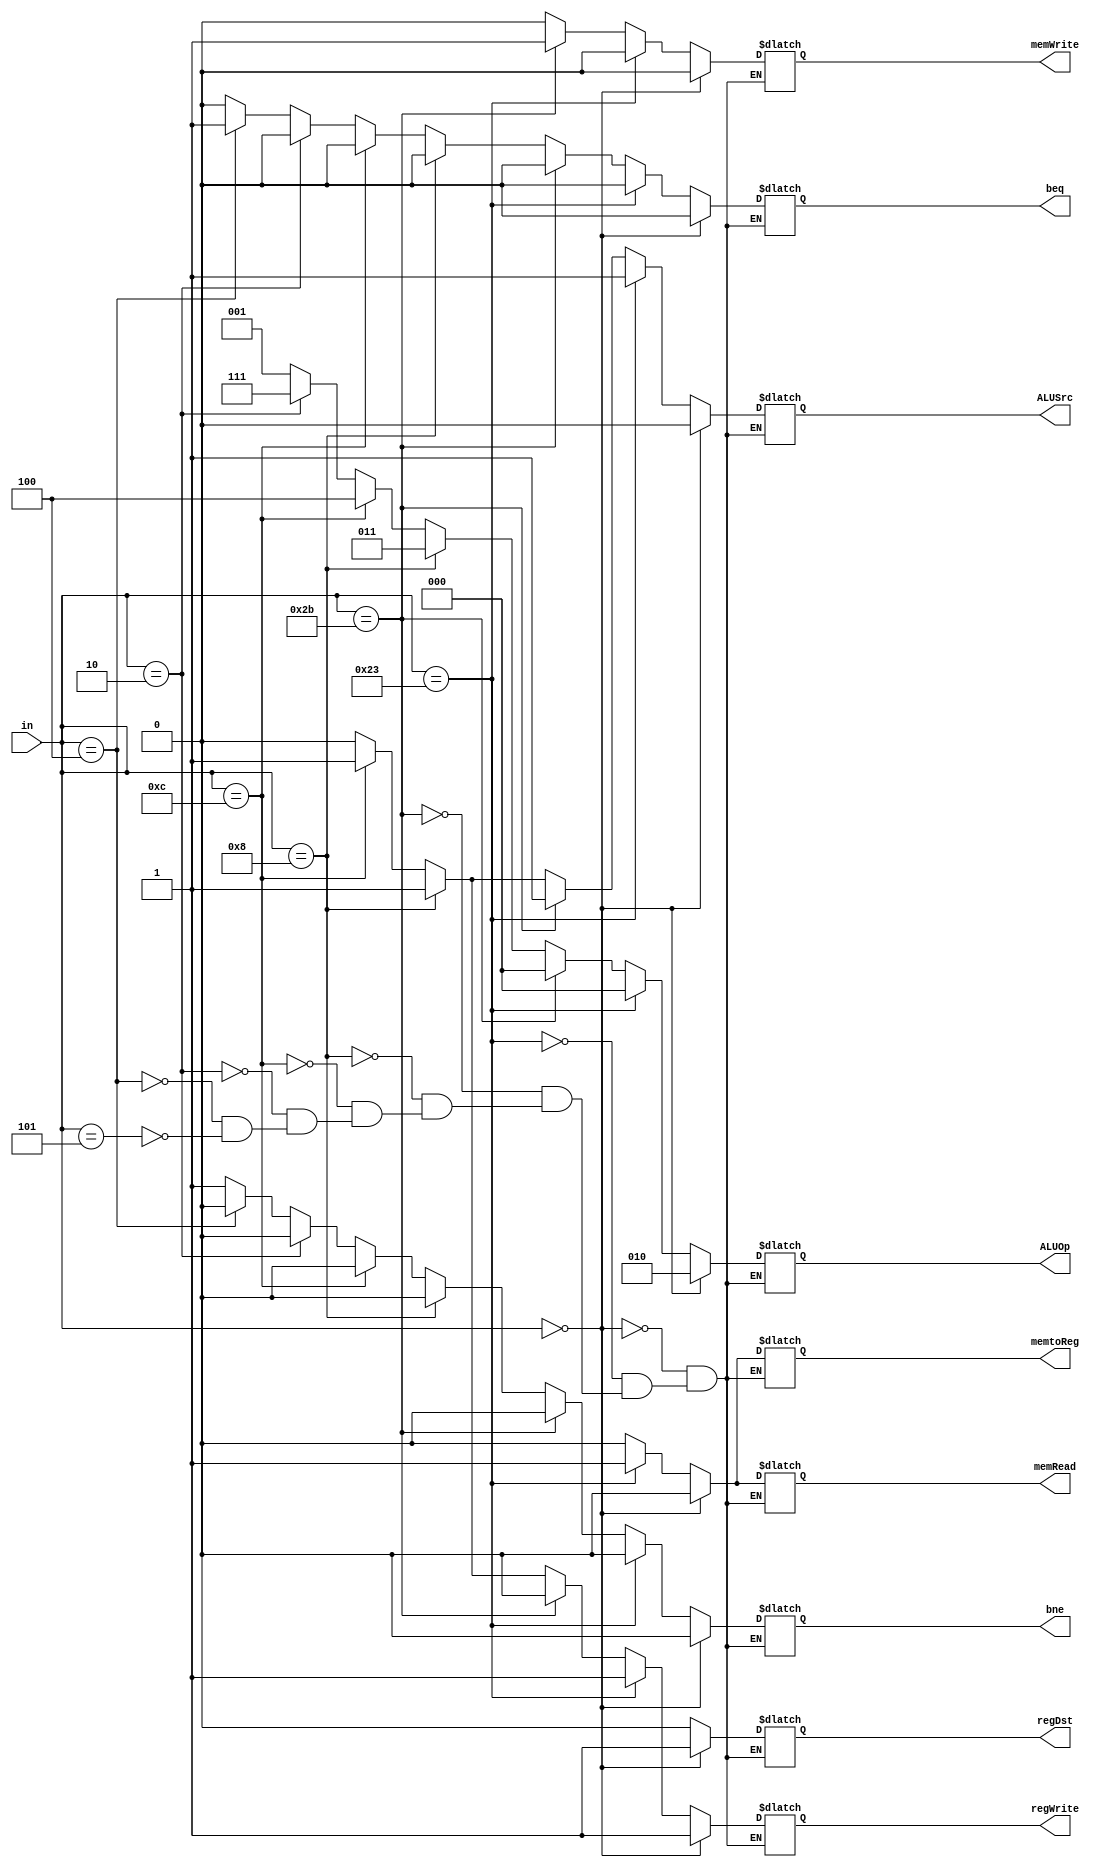
`timescale 1ns / 1ps
module Control(in, regDst, memRead, memtoReg, ALUOp, memWrite, ALUSrc, regWrite, beq, bne);
	input [5:0] in;
	output reg regDst, memRead, memtoReg, memWrite, ALUSrc, regWrite, beq, bne;
	output reg [2:0] ALUOp;
	
	always@(in)
	begin
		if (in==6'b000000) //R-type
		begin
			regDst<=1;
			memRead<=0;
			memtoReg<=0;
			memWrite<=0;
			ALUSrc<=0;
			regWrite<=1;
			beq<=0;
			bne<=0;
			ALUOp<=3'b010; 
		end
		else if (in==6'b100011) //lw
		begin
			regDst<=0;
			memRead<=1;
			memtoReg<=1;
			memWrite<=0;
			ALUSrc<=1;
			regWrite<=1;
			beq<=0;
			bne<=0;
			ALUOp<=3'b000; 
		end
		else if (in==6'b101011) //sw
		begin
			regDst<=0;
			memRead<=0;
			memtoReg<=0;
			memWrite<=1;
			ALUSrc<=1;
			regWrite<=0;
			beq<=0;
			bne<=0;
			ALUOp<=3'b000; 
		end
		else if (in==6'b001000) //addi
		begin
			regDst<=0;
			memRead<=0;
			memtoReg<=0;
			memWrite<=0;
			ALUSrc<=1;
			regWrite<=1;
			beq<=0;
			bne<=0;
			ALUOp<=3'b011; 
		end
		else if (in==6'b001100) //andi
		begin
			regDst<=0;
			memRead<=0;
			memtoReg<=0;
			memWrite<=0;
			ALUSrc<=1;
			regWrite<=1;
			beq<=0;
			bne<=0;
			ALUOp<=3'b100; 
		end
		else if (in==6'b000010) //j
		begin
			regDst<=0;
			memRead<=0;
			memtoReg<=0;
			memWrite<=0;
			ALUSrc<=0;
			regWrite<=0;
			beq<=0;
			bne<=0;
			ALUOp<=3'b111;
		end
		else if (in==6'b000100) //beq
		begin
			regDst<=0;
			memRead<=0;
			memtoReg<=0;
			memWrite<=0;
			ALUSrc<=0;
			regWrite<=0;
			beq<=1;
			bne<=0;
			ALUOp<=3'b001;
		end
		else if (in==6'b000101) //bne
		begin
			regDst<=0;
			memRead<=0;
			memtoReg<=0;
			memWrite<=0;
			ALUSrc<=0;
			regWrite<=0;
			beq<=0;
			bne<=1;
			ALUOp<=3'b001;
		end
	end
endmodule